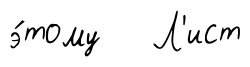
э́тому Л'ист